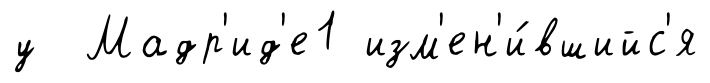
у Мадр'ид'е1 изм'ен'и́вшийс'я